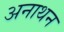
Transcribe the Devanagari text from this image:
अनाथन